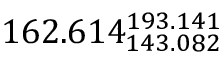
1 6 2 . 6 1 4 _ { 1 4 3 . 0 8 2 } ^ { 1 9 3 . 1 4 1 }